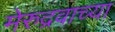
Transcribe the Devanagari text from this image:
मेरुद्रवाच्या